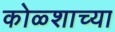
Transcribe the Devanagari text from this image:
कोळ्शाच्या